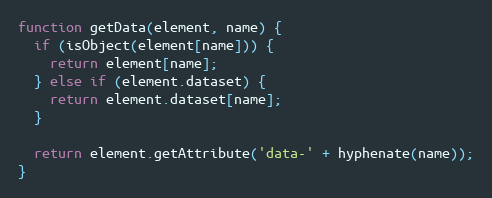
Language: JavaScript
function getData(element, name) {
  if (isObject(element[name])) {
    return element[name];
  } else if (element.dataset) {
    return element.dataset[name];
  }

  return element.getAttribute('data-' + hyphenate(name));
}